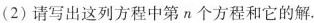
(2)请写出这列方程中第n个方程和它的解.